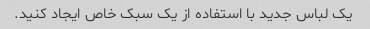
یک لباس جدید با استفاده از یک سبک خاص ایجاد کنید.